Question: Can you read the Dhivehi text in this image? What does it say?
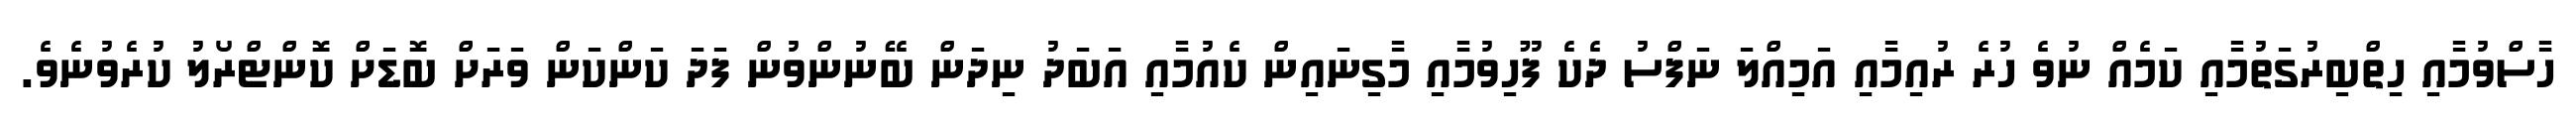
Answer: ހާސްވުމާއި ހިތްބިރުގަތުމާއި ކަމެއް ނުވެ ހުރެ ރުއިމާއި އަމިއްލަ ނަފްސު ދެކެ ފޫހިވުމާއި މާގިނައިން ކެއުމާއި އަބަދު ނިދަން ބޭނުންވުން ފަދަ ކަންކަން ވަރަށް ބޮޑަށް ކޮންޓްރޯލު ކުރެވުނެވެ.